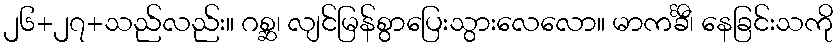
၂၆+၂၇+သည်လည်း။ ဂစ္ဆ၊ လျင်မြန်စွာပြေးသွားလေလော။ မာကင်္ခီ၊ နေခြင်းသကို